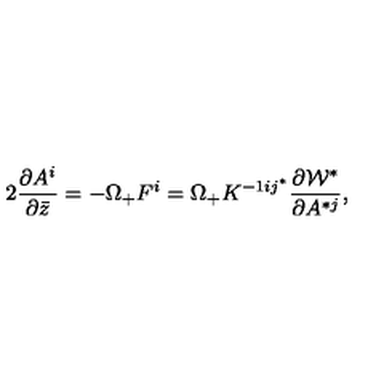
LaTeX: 2 { \frac { \partial A ^ { i } } { \partial \bar { z } } } = - \Omega _ { + } F ^ { i } = \Omega _ { + } K ^ { - 1 i j ^ { * } } \frac { \partial { \cal W } ^ { * } } { \partial A ^ { * j } } ,